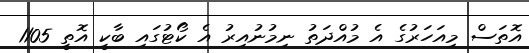
އޮތަސް މިއަހަރުގެ އެ މުއްދަތު ނިމުނުއިރު އެ ކޯޓުގައި ބާކީ އޮތީ 1105